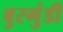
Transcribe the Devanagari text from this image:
बुरगुंडी